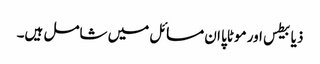
ذیابیطس اور موٹاپا ان مسائل میں شامل ہیں۔